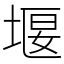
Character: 堰